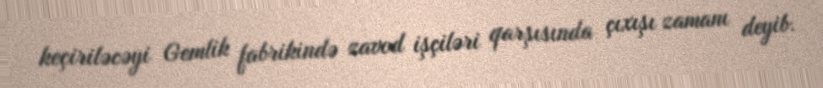
keçiriləcəyi Gemlik fabrikində zavod işçiləri qarşısında çıxışı zamanı deyib.